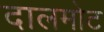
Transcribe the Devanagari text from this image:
दालमोट